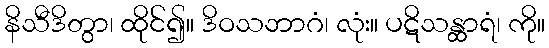
နိသီဒိတွာ၊ ထိုင်၍။ ဒိဝသဘာဂံ၊ လုံး။ ပဋိသန္ထာရံ၊ ကို။